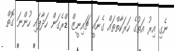
ނެގި އިރު އަތުގެ ހަރަކާތްތައް ގެނައީ ޗައިނީޒް ޑްރެގަން ހަދާފައި ހުންނަ ގޮތް